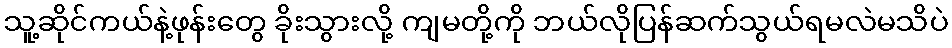
သူ့ဆိုင်ကယ်နဲ့ဖုန်းတွေ ခိုးသွားလို့ ကျမတို့ကို ဘယ်လိုပြန်ဆက်သွယ်ရမလဲမသိပဲ